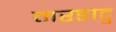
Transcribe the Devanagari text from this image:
मरडाटु